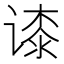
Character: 𬤘